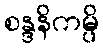
စန္ဒနိကမ္ပိ